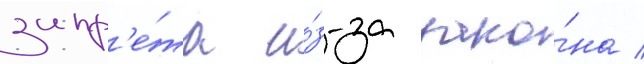
запр'е́та и́з-за зако́на /